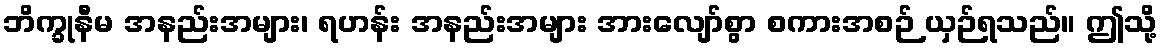
ဘိက္ခုနီမ အနည်းအများ၊ ရဟန်း အနည်းအများ အားလျော်စွာ စကားအစဉ် ယှဉ်ရသည်။ ဤသို့